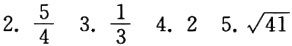
2. $\frac{5}{4}$ 3. $\frac{1}{3}$ 4. $2$ 5. $\sqrt{41}$